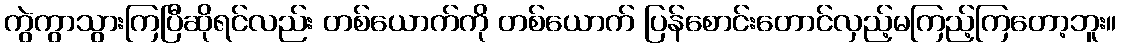
ကွဲကွာသွားကြပြီဆိုရင်လည်း တစ်ယောက်ကို တစ်ယောက် ပြန်စောင်းတောင်လှည့်မကြည့်ကြတော့ဘူး။